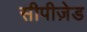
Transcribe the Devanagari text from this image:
सीपीज़ेड